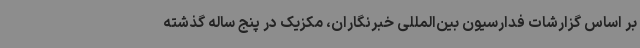
بر اساس گزارشات فدارسیون بین‌المللی خبرنگاران، مکزیک در پنج ساله گذشته